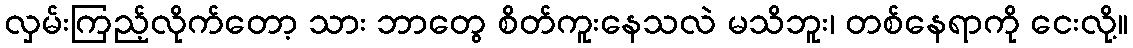
လှမ်းကြည့်လိုက်တော့ သား ဘာတွေ စိတ်ကူးနေသလဲ မသိဘူး၊ တစ်နေရာကို ငေးလို့။